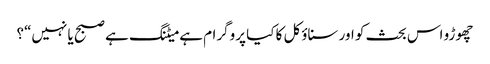
چھوڑو اس بحث کو اور سناؤکل کا کیا پروگرام ہے میٹنگ ہے صبح یا نہیں“؟